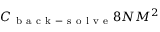
C _ { \mathrm { ~ b ~ a ~ c ~ k ~ - ~ s ~ o ~ l ~ v ~ e ~ } } 8 N M ^ { 2 }